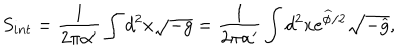
LaTeX: S _ { i n t } = \frac { 1 } { 2 \pi \alpha ^ { \prime } } \int d ^ { 2 } x \sqrt { - g } = \frac { 1 } { 2 \pi \alpha ^ { \prime } } \int d ^ { 2 } x e ^ { \widehat { \phi } / 2 } \sqrt { - \widehat { g } } ,